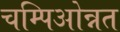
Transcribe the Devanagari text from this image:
चम्पिओन्नत